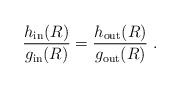
LaTeX: \begin{align*}\frac{h_{\rm in}(R)}{g_{\rm in}(R)}=\frac{h_{\rm out}(R)}{g_{\rm out}(R)}\;.\end{align*}